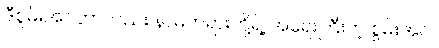
ဒီစွမ်းအင်ဟာလည်း နာမ်တရားတို့ရဲ့ အရေးကြီးတဲ့ စွမ်းအင်။